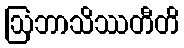
ဩဘာသိဿတီတိ